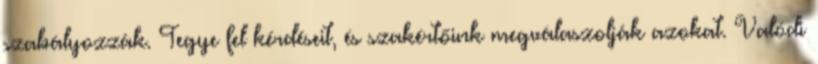
szabályozzák. Tegye fel kérdéseit, és szakértőink megválaszolják azokat. Valódi